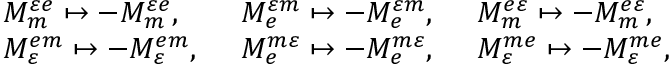
\begin{array} { l l l } { M _ { m } ^ { \varepsilon e } \mapsto - M _ { m } ^ { \varepsilon e } , \enspace } & { M _ { e } ^ { \varepsilon m } \mapsto - M _ { e } ^ { \varepsilon m } , \enspace } & { M _ { m } ^ { e \varepsilon } \mapsto - M _ { m } ^ { e \varepsilon } , \enspace } \\ { M _ { \varepsilon } ^ { e m } \mapsto - M _ { \varepsilon } ^ { e m } , \enspace } & { M _ { e } ^ { m \varepsilon } \mapsto - M _ { e } ^ { m \varepsilon } , \enspace } & { M _ { \varepsilon } ^ { m e } \mapsto - M _ { \varepsilon } ^ { m e } , } \end{array}